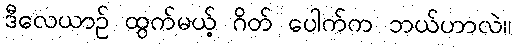
ဒီလေယာဉ် ထွက်မယ့် ဂိတ် ပေါက်က ဘယ်ဟာလဲ။